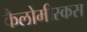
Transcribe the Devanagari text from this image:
कैलोमीस्कस